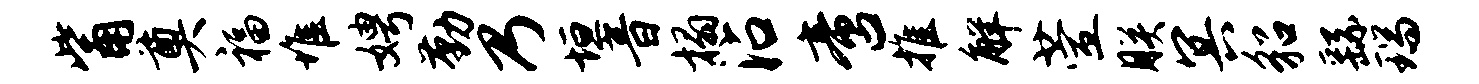
觜奠福堆娉勤乃垣音榻沾啻推解萱朕冥貂繇瑞